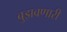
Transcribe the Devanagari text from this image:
बुझवणारी